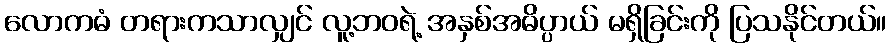
လောကဓံ တရားကသာလျှင် လူ့ဘဝရဲ့ အနှစ်အဓိပ္ပာယ် မရှိခြင်းကို ပြသနိုင်တယ်။